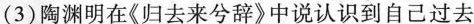
(3)陶渊明在《归去来兮辞》中说认识到自己过去